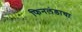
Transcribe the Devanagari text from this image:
फिनलंडाचा